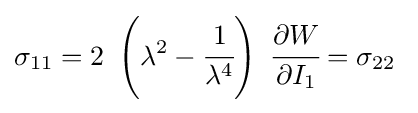
\sigma _{11}=2~\left(\lambda ^{2}-{\cfrac {1}{\lambda ^{4}}}\right)~{\cfrac {\partial W}{\partial I_{1}}}=\sigma _{22}~